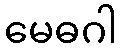
မေဓဂါ